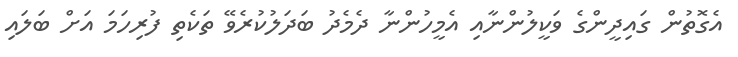
އެގޮތުން ގައިދީންގެ ވަކީލުންނާއި އެމީހުންނާ ދެމެދު ބަދަލުކުރެވޭ ތަކެތި ފުރިހަމަ އަށް ބަލައި